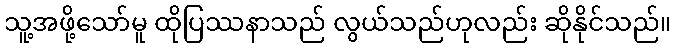
သူ့အဖို့သော်မူ ထိုပြဿနာသည် လွယ်သည်ဟုလည်း ဆိုနိုင်သည်။